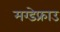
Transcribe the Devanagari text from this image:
मग्डेफ्राउ